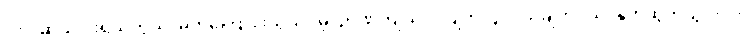
၁၆။ ဆယ်ပါးရယ်ဘွယ်၊ မှတ်ကြောင်းသွယ်ပိမ့်၊ ဉာဏ်ကျယ်ပါလျက်၊ ပွဲလယ်ချက်ဝယ်၊ နုတ်ထွက်ယွင်းပါး၊